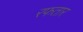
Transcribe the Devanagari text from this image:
रफतार